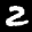
Label: 2